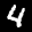
Label: 4